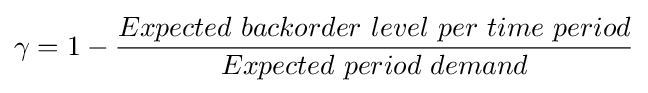
\gamma =1-{\frac {Expected~backorder~level~per~time~period}{Expected~period~demand}}